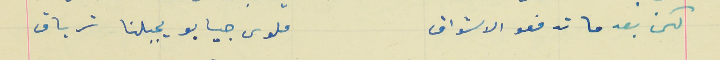
لكن بعد ما تدفعو الاشواق                                     ملوى جيابو يجبلنا ترياق